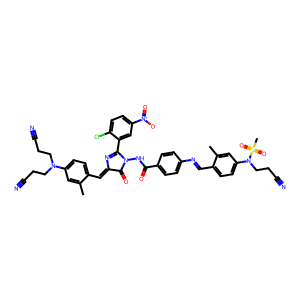
SMILES: Cc1cc(N(CCC#N)CCC#N)ccc1C=C1N=C(c2cc([N+](=O)[O-])ccc2Cl)N(NC(=O)c2ccc(N=Cc3ccc(N(CCC#N)S(C)(=O)=O)cc3C)cc2)C1=O
Inhibits HIV replication: No